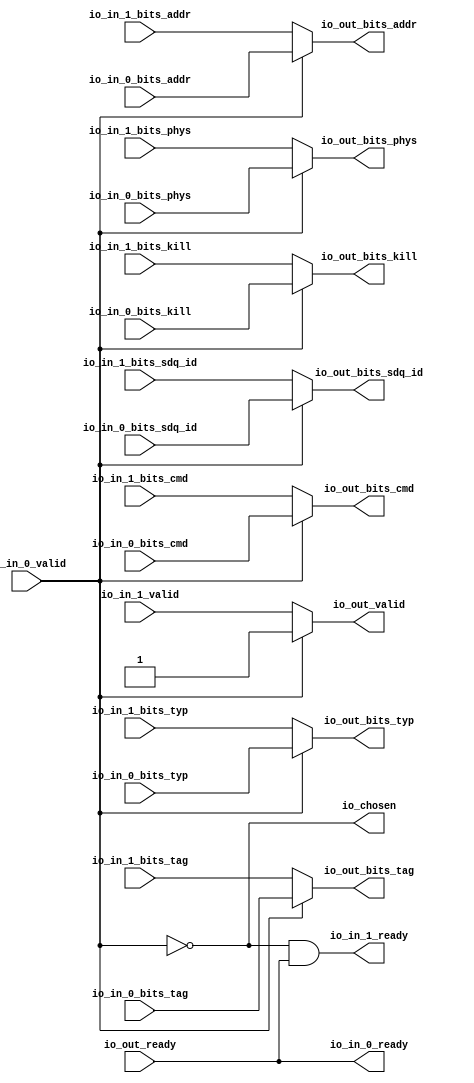
module Arbiter_8
(
  io_in_1_ready,
  io_in_1_valid,
  io_in_1_bits_addr,
  io_in_1_bits_tag,
  io_in_1_bits_cmd,
  io_in_1_bits_typ,
  io_in_1_bits_kill,
  io_in_1_bits_phys,
  io_in_1_bits_sdq_id,
  io_in_0_ready,
  io_in_0_valid,
  io_in_0_bits_addr,
  io_in_0_bits_tag,
  io_in_0_bits_cmd,
  io_in_0_bits_typ,
  io_in_0_bits_kill,
  io_in_0_bits_phys,
  io_in_0_bits_sdq_id,
  io_out_ready,
  io_out_valid,
  io_out_bits_addr,
  io_out_bits_tag,
  io_out_bits_cmd,
  io_out_bits_typ,
  io_out_bits_kill,
  io_out_bits_phys,
  io_out_bits_sdq_id,
  io_chosen
);

  input [39:0] io_in_1_bits_addr;
  input [9:0] io_in_1_bits_tag;
  input [4:0] io_in_1_bits_cmd;
  input [2:0] io_in_1_bits_typ;
  input [4:0] io_in_1_bits_sdq_id;
  input [39:0] io_in_0_bits_addr;
  input [9:0] io_in_0_bits_tag;
  input [4:0] io_in_0_bits_cmd;
  input [2:0] io_in_0_bits_typ;
  input [4:0] io_in_0_bits_sdq_id;
  output [39:0] io_out_bits_addr;
  output [9:0] io_out_bits_tag;
  output [4:0] io_out_bits_cmd;
  output [2:0] io_out_bits_typ;
  output [4:0] io_out_bits_sdq_id;
  input io_in_1_valid;
  input io_in_1_bits_kill;
  input io_in_1_bits_phys;
  input io_in_0_valid;
  input io_in_0_bits_kill;
  input io_in_0_bits_phys;
  input io_out_ready;
  output io_in_1_ready;
  output io_in_0_ready;
  output io_out_valid;
  output io_out_bits_kill;
  output io_out_bits_phys;
  output io_chosen;
  wire [39:0] io_out_bits_addr;
  wire [9:0] io_out_bits_tag;
  wire [4:0] io_out_bits_cmd,io_out_bits_sdq_id;
  wire [2:0] io_out_bits_typ;
  wire io_in_1_ready,io_in_0_ready,io_out_valid,io_out_bits_kill,io_out_bits_phys,
  io_chosen,N0,N1,io_out_ready,T10;
  assign io_in_0_ready = io_out_ready;
  assign io_chosen = ~io_in_0_valid;
  assign io_out_bits_sdq_id = (N0)? io_in_1_bits_sdq_id : 
                              (N1)? io_in_0_bits_sdq_id : 1'b0;
  assign N0 = io_chosen;
  assign N1 = io_in_0_valid;
  assign io_out_bits_phys = (N0)? io_in_1_bits_phys : 
                            (N1)? io_in_0_bits_phys : 1'b0;
  assign io_out_bits_kill = (N0)? io_in_1_bits_kill : 
                            (N1)? io_in_0_bits_kill : 1'b0;
  assign io_out_bits_typ = (N0)? io_in_1_bits_typ : 
                           (N1)? io_in_0_bits_typ : 1'b0;
  assign io_out_bits_cmd = (N0)? io_in_1_bits_cmd : 
                           (N1)? io_in_0_bits_cmd : 1'b0;
  assign io_out_bits_tag = (N0)? io_in_1_bits_tag : 
                           (N1)? io_in_0_bits_tag : 1'b0;
  assign io_out_bits_addr = (N0)? io_in_1_bits_addr : 
                            (N1)? io_in_0_bits_addr : 1'b0;
  assign io_out_valid = (N0)? io_in_1_valid : 
                        (N1)? io_in_0_valid : 1'b0;
  assign io_in_1_ready = T10 & io_out_ready;
  assign T10 = ~io_in_0_valid;

endmodule